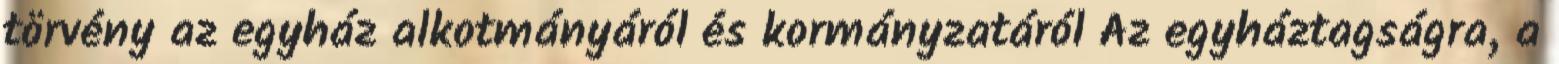
törvény az egyház alkotmányáról és kormányzatáról Az egyháztagságra, a